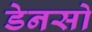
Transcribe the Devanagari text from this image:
डेनसो